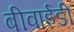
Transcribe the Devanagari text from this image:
बीवाईडी